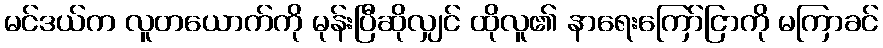
မင်ဒယ်က လူတယောက်ကို မုန်းပြီဆိုလျှင် ထိုလူ၏ နာရေးကြော်ငြာကို မကြာခင်